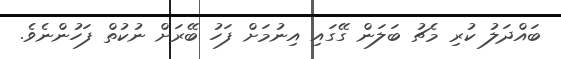
ބައްދަލު ކުރި މެޗު ބަލަން ގޭގައި އިނުމަށް ފަހު ބޭރަށް ނުކުތް ފަހުންނެވެ.